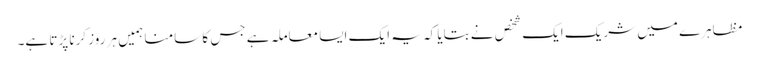
مظاہرے میں شریک ایک شخص نے بتایا کہ یہ ایک ایسا معاملہ ہے جس کا سامنا ہمیں ہر روز کرنا پڑتا ہے۔